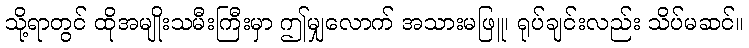
သို့ရာတွင် ထိုအမျိုးသမီးကြီးမှာ ဤမျှလောက် အသားမဖြူ၊ ရုပ်ချင်းလည်း သိပ်မဆင်။